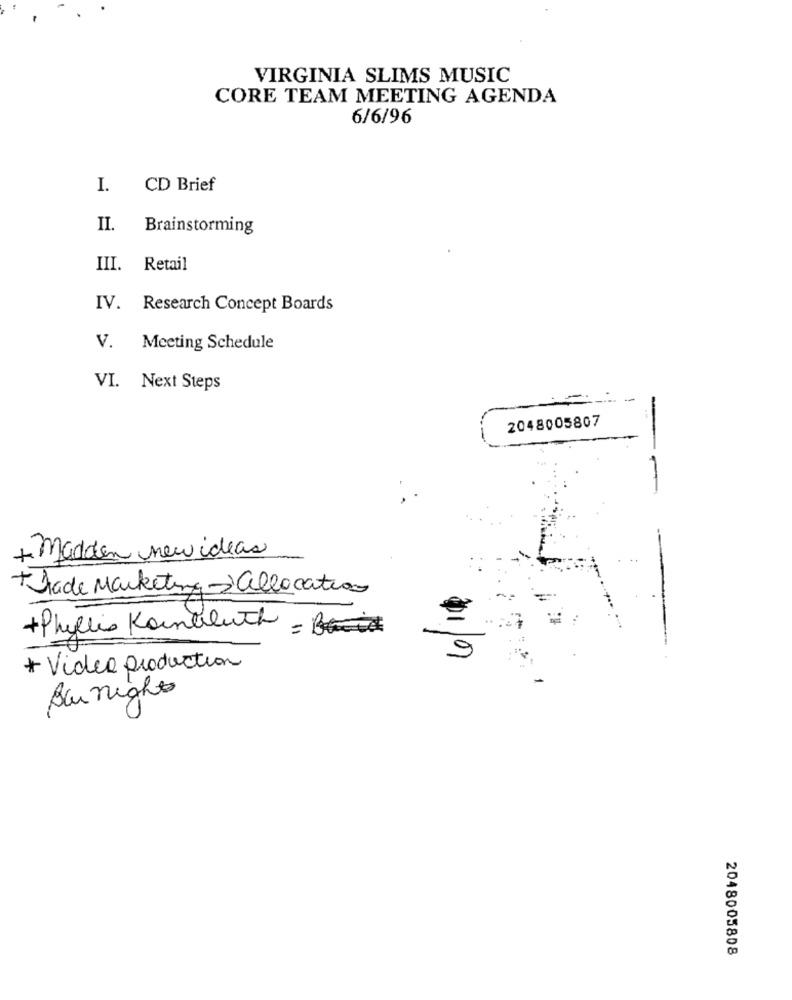
VIRGINIA SLIMS MUSIC
CORE TEAM MEETING AGENDA
6/6/96
I.
CD Brief
II.
Brainstorming
III.
Retail
IV. Research Concept Boards
V. Meeting Schedule
VI. Next Steps
2048005807
+ madden new ideas
Trade Marketing -allocation
+ Phyllis Kornbluth = B
01/07
* Video production
Bunight
2048005808